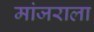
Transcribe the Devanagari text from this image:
मांजराला